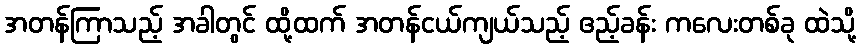
အတန်ကြာသည့် အခါတွင် ထို့ထက် အတန်ငယ်ကျယ်သည့် ဧည့်ခန်း ကလေးတစ်ခု ထဲသို့